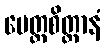
မေတ္တစိတ္တာနံ